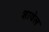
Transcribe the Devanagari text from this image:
शावेल